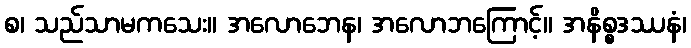
စ၊ သည်သာမကသေး။ အလောဘေန၊ အလောဘကြောင့်။ အနိစ္စဒဿနံ၊